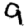
Digit: 9